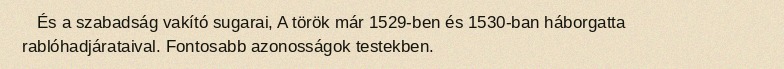
És a szabadság vakító sugarai, A török már 1529-ben és 1530-ban háborgatta rablóhadjárataival. Fontosabb azonosságok testekben.